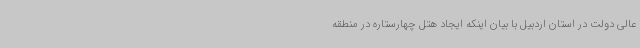
عالی دولت در استان اردبیل با بیان اینکه ایجاد هتل چهارستاره در منطقه